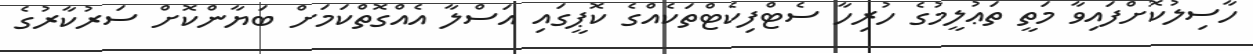
ހާސިލުކޮށްފައިވާ މަތީ ތަޢުލީމުގެ ހުރިހާ ސެޓްފިކެޓްތަކެއްގެ ކޮޕީގައި އަސްލާ އެއްގޮތްކަމަށް ބަޔާންކޮށް ސަރުކާރުގެ